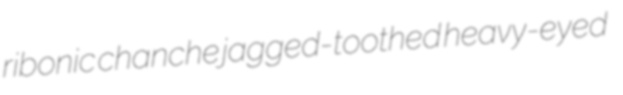
ribonic chanche jagged-toothed heavy-eyed